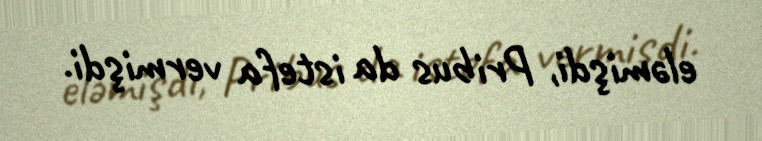
eləmişdi, Pribus da istefa vermişdi.